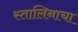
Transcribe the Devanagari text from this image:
स्तालिनाचा